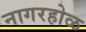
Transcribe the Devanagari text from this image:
नागरहोळ